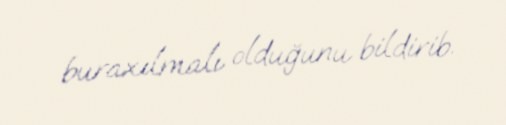
buraxılmalı olduğunu bildirib.